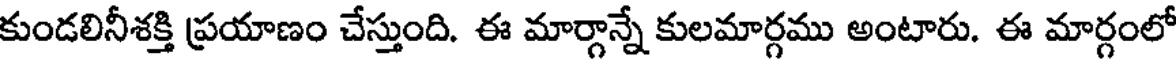
కుండలినీశక్తి ప్రయాణం చేస్తుంది. ఈ మార్గాన్నే కులమార్గము అంటారు. ఈ మార్గంలో